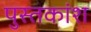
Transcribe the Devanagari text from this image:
पुस्तकांश